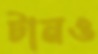
টানও